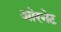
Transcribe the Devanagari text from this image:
ओरनेट